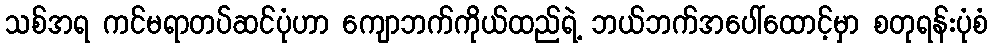
သစ်အရ ကင်မရာတပ်ဆင်ပုံဟာ ကျောဘက်ကိုယ်ထည်ရဲ့ ဘယ်ဘက်အပေါ်ထောင့်မှာ စတုရန်းပုံစံ